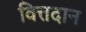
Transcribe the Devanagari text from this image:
वित्तदान